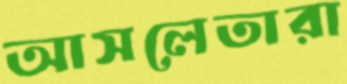
আসলেতারা